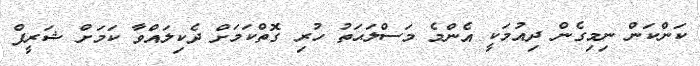
ކަންކަން ނިމިގެން ދިއުމަކީ އެންމެ މަސްލަޙަތު ހުރި ގޮތްކަމަށް ދެކިލައްވާ ކަމަށް ޝަރީފް